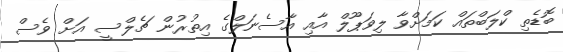
ބޮޑެތި ކްލަބްތައް ކަމަށްވާ ލިވަޕޫލް އާއި އާސެނަލްގެ އިތުރުން ޗެލްސީ އަށް ވެސް